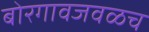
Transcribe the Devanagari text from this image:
बोरगावजवळच